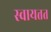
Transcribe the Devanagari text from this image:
स्वायत्तत